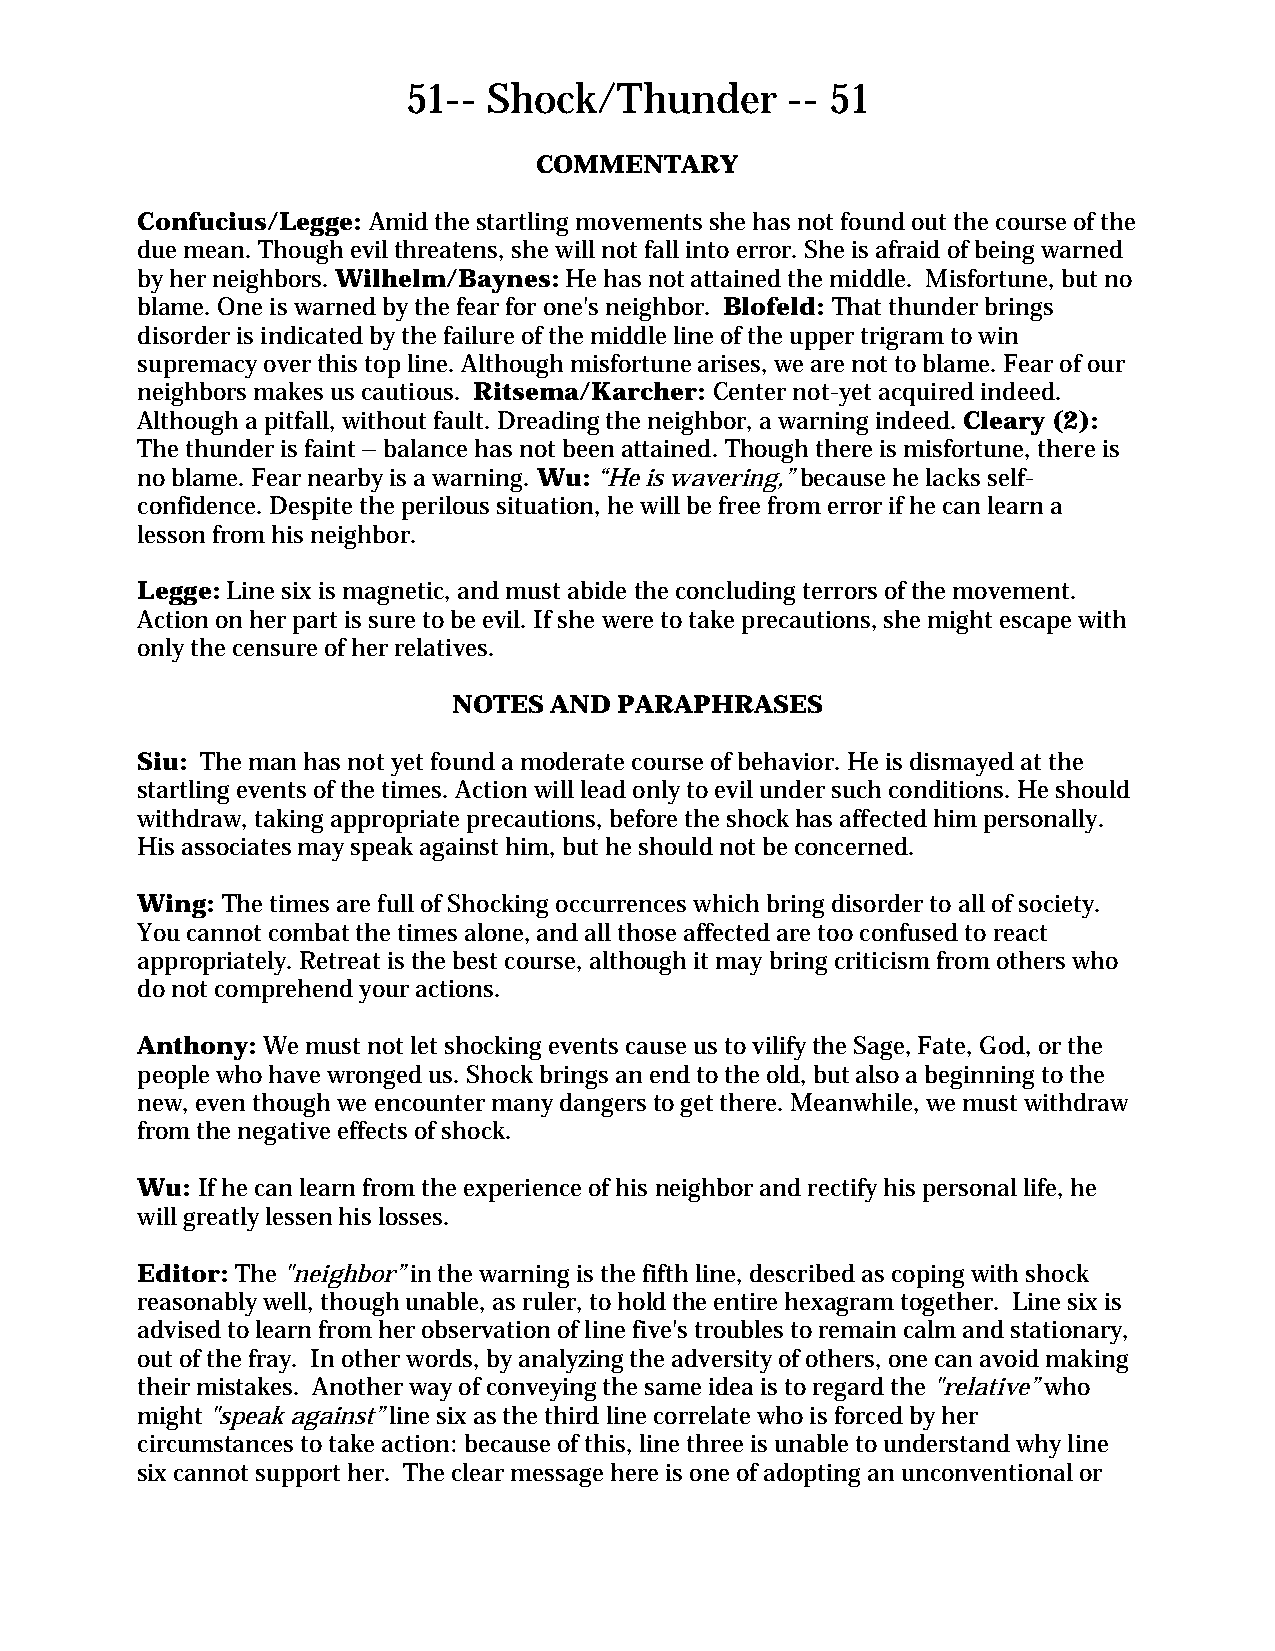
51-- Shock/Thunder       -- 51
 COMMENTARY
 Confucius/Legge: Amid the startling movements she has not found out the course of the
 due mean. Though evil threatens, she will not fall into error. She is afraid of being warned
 by her neighbors. Wilhelm/Baynes: He has not attained the middle. Misfortune, but no
 blame. One is warned by the fear for one's neighbor. Blofeld: That thunder brings
 disorder is indicated by the failure of the middle line of the upper trigram to win
 supremacy over this top line. Although misfortune arises, we are not to blame. Fear of our
 neighbors makes us cautious. Ritsema/Karcher: Center not-yet acquired indeed.
 Although a pitfall, without fault. Dreading the neighbor, a warning indeed. Cleary (2):
 The thunder is faint – balance has not been attained. Though there is misfortune, there is
 no blame. Fear nearby is a warning. Wu: “He is wavering,” because he lacks self-
 confidence. Despite the perilous situation, he will be free from error if he can learn a
 lesson from his neighbor.
 Legge: Line six is magnetic, and must abide the concluding terrors of the movement.
 Action on her part is sure to be evil. If she were to take precautions, she might escape with
 only the censure of her relatives.
 NOTES AND  PARAPHRASES
 Siu: The man has not yet found a moderate course of behavior. He is dismayed at the
 startling events of the times. Action will lead only to evil under such conditions. He should
 withdraw, taking appropriate precautions, before the shock has affected him personally.
 His associates may speak against him, but he should not be concerned.
 Wing: The times are full of Shocking occurrences which bring disorder to all of society.
 You cannot combat the times alone, and all those affected are too confused to react
 appropriately. Retreat is the best course, although it may bring criticism from others who
 do not comprehend your actions.
 Anthony: We must not let shocking events cause us to vilify the Sage, Fate, God, or the
 people who have wronged us. Shock brings an end to the old, but also a beginning to the
 new, even though we encounter many dangers to get there. Meanwhile, we must withdraw
 from the negative effects of shock.
 Wu: If he can learn from the experience of his neighbor and rectify his personal life, he
 will greatly lessen his losses.
 Editor: The "neighbor” in the warning is the fifth line, described as coping with shock
 reasonably well, though unable, as ruler, to hold the entire hexagram together. Line six is
 advised to learn from her observation of line five's troubles to remain calm and stationary,
 out of the fray. In other words, by analyzing the adversity of others, one can avoid making
 their mistakes. Another way of conveying the same idea is to regard the "relative” who
 might "speak against” line six as the third line correlate who is forced by her
 circumstances to take action: because of this, line three is unable to understand why line
 six cannot support her. The clear message here is one of adopting an unconventional or